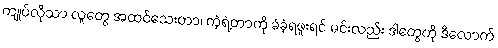
ကျုပ်လိုသာ လူတွေ အထင်သေးတာ၊ ကဲ့ရဲ့တာကို ခံခဲ့ရဖူးရင် မင်းလည်း ဒါတွေကို ဒီလောက်